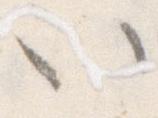
い